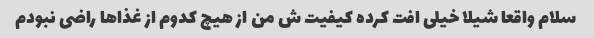
سلام واقعا شیلا خیلی افت کرده کیفیت ش من از هیچ کدوم از غذاها راضی نبودم